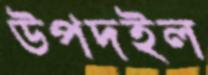
উপদইল